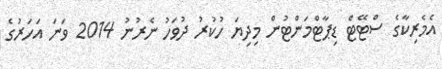
އެމެރިކާގެ ސްޓޭޓް ޑިޕާޓްމަންޓުން މިދިޔަ ހުކުރު ދުވަހު ނެރުނު 2014 ވަނަ އަހަރުގެ